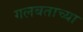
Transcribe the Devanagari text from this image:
गलबताच्या